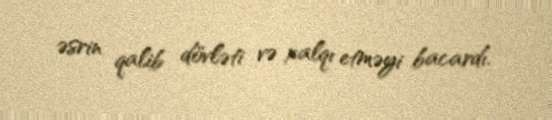
əsrin qalib dövləti və xalqı etməyi bacardı.